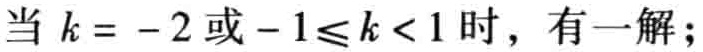
当 \(k = -2\) 或 \(-1\leqslant k < 1\) 时，有一解；